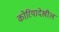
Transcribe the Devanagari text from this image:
कोरियादेखील